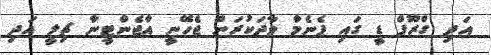
އަދި ގްރޫޕް ޑީ ގައި ޕެނެމާ ވާދަކުރަން ޖެހޭނީ އާޖެންޓީނާ ޗިލީ އަދި